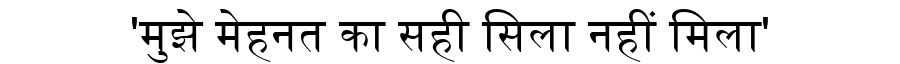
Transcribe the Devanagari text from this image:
'मुझे मेहनत का सही सिला नहीं मिला'